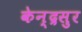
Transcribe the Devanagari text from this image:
केन्द्रसुर